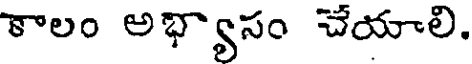
కాలం అభ్యాసం చేయాలి.